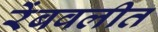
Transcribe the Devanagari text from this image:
रेंबवलीत